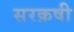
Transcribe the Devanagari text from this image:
सरक़षी